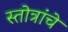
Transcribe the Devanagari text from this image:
स्तोत्रांचे